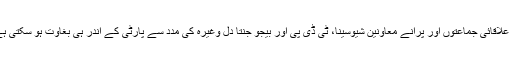
کیا علاقائی جماعتوں اور پرانے معاونین شیوسینا، ٹی ڈی پی اور بیجو جنتا دل وغیرہ کی مدد سے پارٹی کے اندر ہی بغاوت ہو سکتی ہے؟